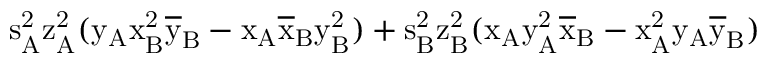
\mathrm { s _ { A } ^ { 2 } \mathrm { z _ { A } ^ { 2 } ( \mathrm { y _ { A } \mathrm { x _ { B } ^ { 2 } \mathrm { \overline { { y } } _ { B } - \mathrm { x _ { A } \mathrm { \overline { { x } } _ { B } \mathrm { y _ { B } ^ { 2 } ) + \mathrm { s _ { B } ^ { 2 } \mathrm { z _ { B } ^ { 2 } ( \mathrm { x _ { A } \mathrm { y _ { A } ^ { 2 } \mathrm { \overline { { x } } _ { B } - \mathrm { x _ { A } ^ { 2 } \mathrm { y _ { A } \mathrm { \overline { { y } } _ { B } ) } } } } } } } } } } } } } } } }